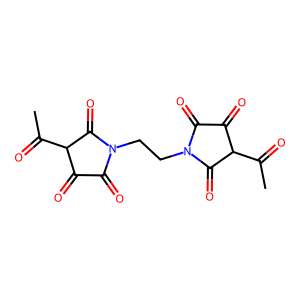
SMILES: CC(=O)C1C(=O)C(=O)N(CCN2C(=O)C(=O)C(C(C)=O)C2=O)C1=O
Inhibits HIV replication: No